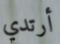
أرتدي